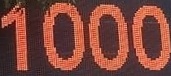
1000